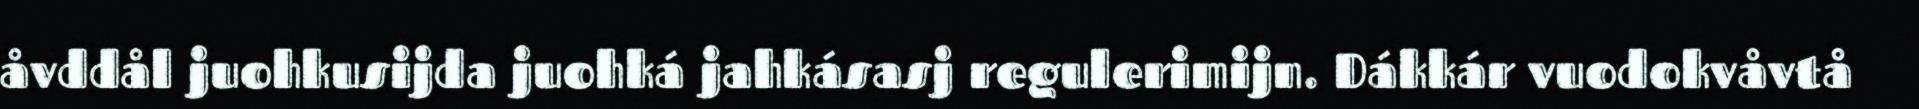
åvddål juohkusijda juohká jahkásasj regulerimijn. Dákkár vuodokvåvtå